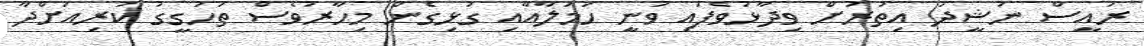
ރައީސް ނަޝީދު އިތުރަށް ވިދާޅުވެފައި ވަނީ ހަމަލާއާއި ގުޅިގެން މިހާރުވެސް ތަހުގީގު ކުރިއަށްދާ